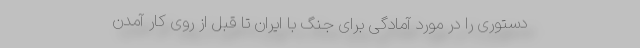
دستوری را در مورد آمادگی برای جنگ با ایران تا قبل از روی کار آمدن